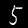
Digit: 5